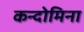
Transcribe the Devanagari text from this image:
कन्दोमिना